Lunatic asylums Central Provinces reports 1895-1909 - 1895-1909
Year: 1895
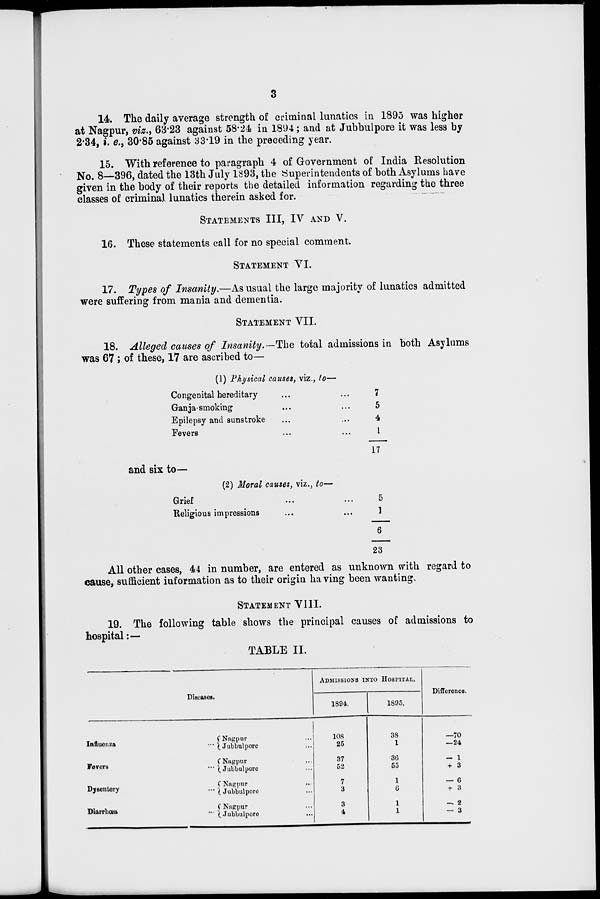
3
14. The daily average strength of criminal lunatics in 1895 was higher
at Nagpur, viz., 63.23 against 58.24 in 1894; and at Jubbulpore it was less by
2.34, i. e., 30.85 against 33.19 in the preceding year.
15. With reference to paragraph 4 of Government of India Resolution
No. 8—396, dated the 13th July 1893, the Superintendents of both Asylums have
given in the body of their reports the detailed information regarding the three
classes of criminal lunatics therein asked for.
STATEMENTS III.IV AND V.
16. These statements call for no special comment.
STATEMENT VI.
17. Types of Insanity.—As usual the large majority of lunatics admitted
were suffering from mania and dementia.
STATEMENT VII.
18. Alleged causes of Insanity.—The total admissions in both Asylums
was 67 ; of these, 17 are ascribed to—
(1) Physical causes, viz., to—
Congenital hereditary ... ...
Ganja smoking ... ...
Epilepsy and sunstroke ... ...
Fevers ... ...
7
5
4
1
17
and six to—
(2) Moral causes, viz., to—
Grief
...
...
Religious impressions ... ...
5
1
6
23
All other cases, 44 in number, are entered as unknown with regard to
cause, sufficient information as to their origin having been wanting.
STATEMENT VIII.
19. The following table shows the principal causes of admissions to
hospital:—
TABLE II.
Diseases.
Influenza
...
Fevers
...
Dysentery
...
Diarrhœa
...
Nagpur ...
Jubbulpore ...
Nagpur ...
Jubbulpore ...
Nagpur ...
Jubbulpore ...
Nugpur ...
Jubbulpore ...
ADMISSIONS INTO HOSPITAL.
1894.
108
25
37
52
7
3
3
4
1895.
38
1
36
55
1
6
1
1
Difference.
—70
—24
— 1
+ 3
— 6
+ 3
— 2
— 3